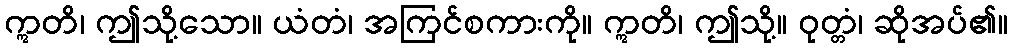
ဣတိ၊ ဤသို့သော။ ယံတံ၊ အကြင်စကားကို။ ဣတိ၊ ဤသို့။ ဝုတ္တံ၊ ဆိုအပ်၏။